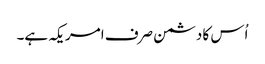
اُس کا دشمن صرف امریکہ ہے۔